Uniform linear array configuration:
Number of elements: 48
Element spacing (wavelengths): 0.5
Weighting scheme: uniform
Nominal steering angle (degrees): -30
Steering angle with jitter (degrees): -31.922
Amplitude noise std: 0.05
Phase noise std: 0.05

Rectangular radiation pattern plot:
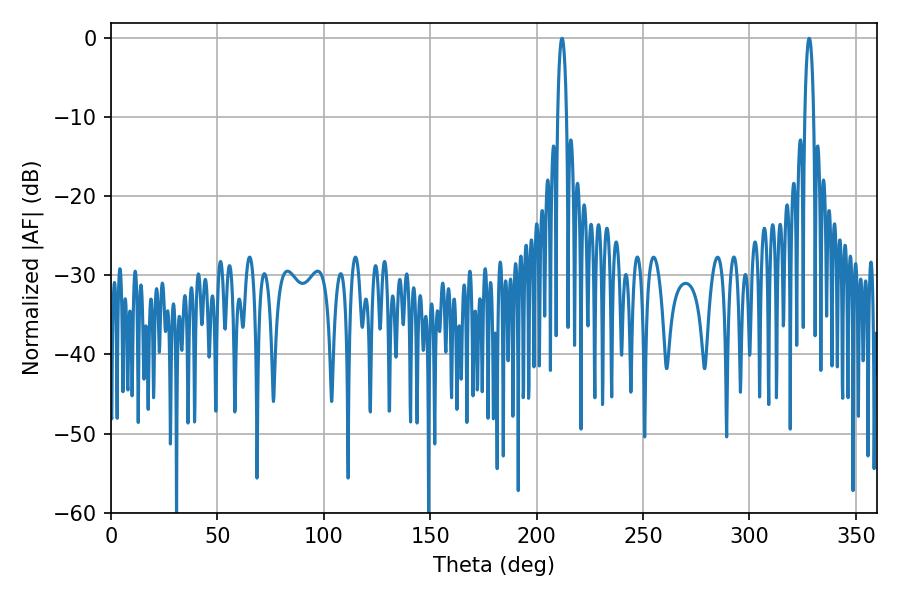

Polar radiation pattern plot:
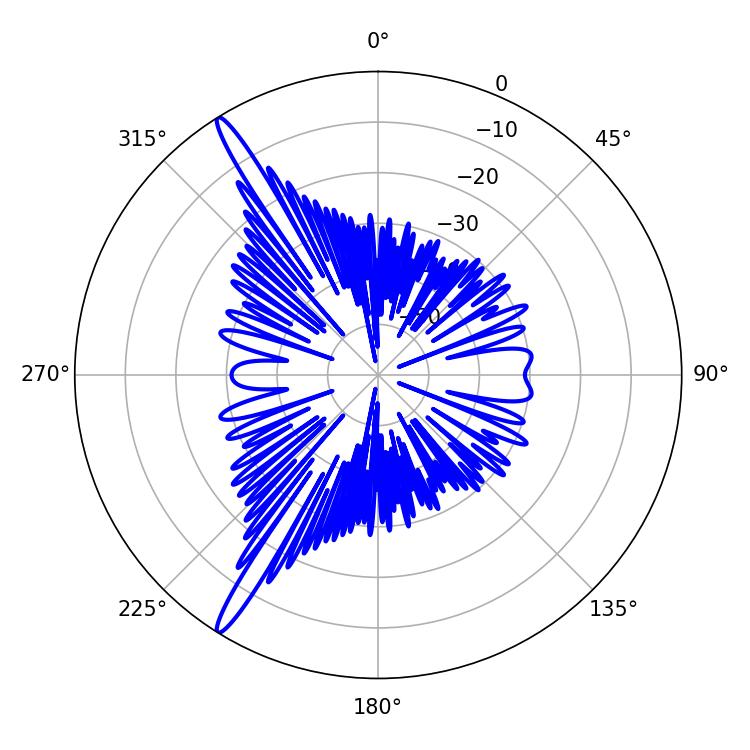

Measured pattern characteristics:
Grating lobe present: FALSE
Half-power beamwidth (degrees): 2.34
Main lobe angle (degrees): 328.14